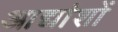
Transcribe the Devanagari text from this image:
आद्यांशों